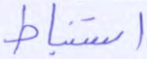
استنباط